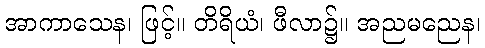
အာကာသေန၊ ဖြင့်။ တိရိယံ၊ ဖီလာ၌။ အညမညေန၊